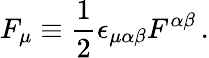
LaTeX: F_{\mu}\equiv{\frac{1}{2}}\epsilon_{\mu\alpha\beta}F^{\alpha\beta}\, .